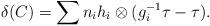
LaTeX: \begin{align*} \delta(C)=\sum n_i h_i\otimes (g_i^{-1}\tau- \tau).\end{align*}